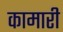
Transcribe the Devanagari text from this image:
कामारी